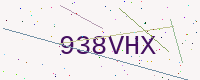
Text: 938VHX